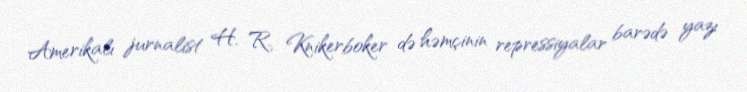
Amerikalı jurnalist H. R. Knikerboker də həmçinin repressiyalar barədə yazı